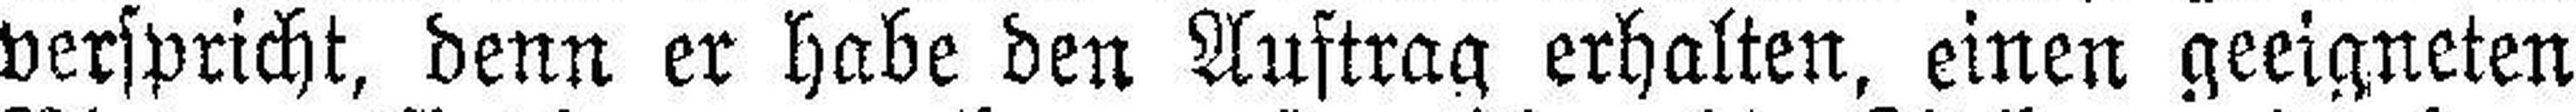
verspricht, denn er habe den Auftrag erhalten, einen geeigneten